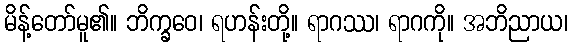
မိန့်တော်မူ၏။ ဘိက္ခဝေ၊ ရဟန်းတို့။ ရာဂဿ၊ ရာဂကို။ အဘိညာယ၊